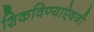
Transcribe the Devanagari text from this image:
शिकविण्याऐवजी